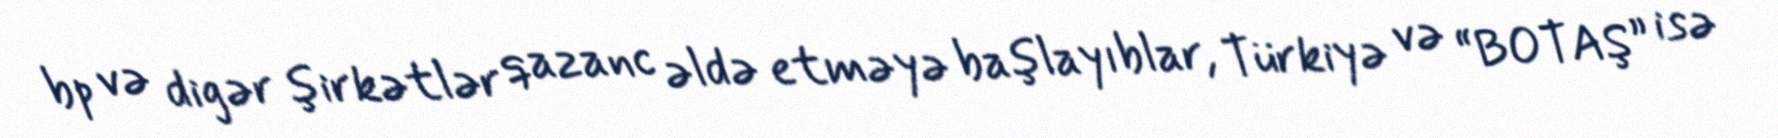
bp və digər şirkətlər qazanc əldə etməyə başlayıblar, Türkiyə və “BOTAŞ” isə